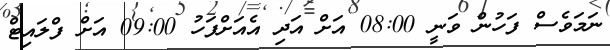
ނަމަވެސް ފަހުން ވަނީ 08:00 އަށް އަދި އެއަށްފަހު 09:00 އަށް ފްލައިޓް